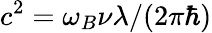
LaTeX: c^{2}=\omega_{B}\nu\lambda/(2\pi\hbar)